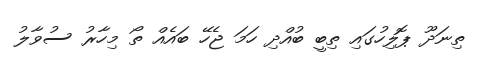
ތިނަދޫ ޕޮލިހުގައި ތިބީ ބުއްދި ހަމަ ޖެހޭ ބައެއް ތޯ މިހާރު ސުވާލު